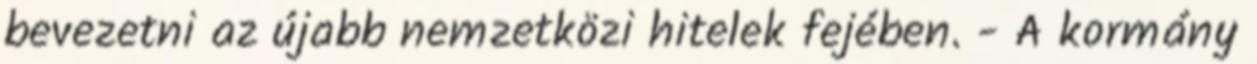
bevezetni az újabb nemzetközi hitelek fejében. - A kormány